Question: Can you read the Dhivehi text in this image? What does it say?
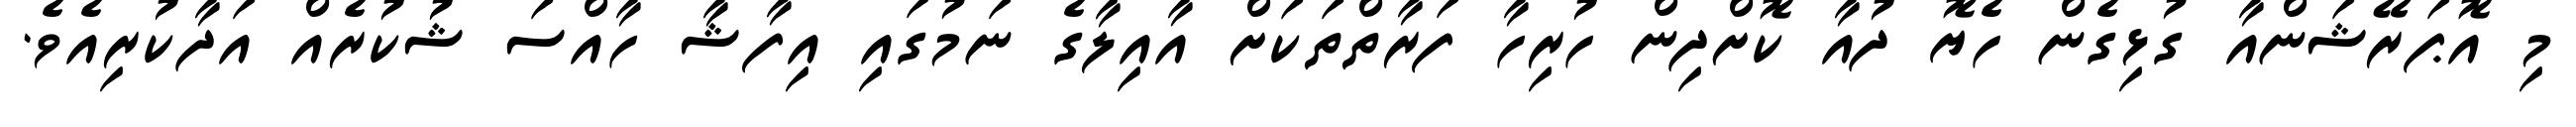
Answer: މި އޮޕަރޭޝަންއާ ގުޅިގެން ހެޔޮ ދުއާ ކޮށްދިން ހުރިހާ ފަރާތްތަކަށް އާއިލާގެ ނަމުގައި އިފާޝާ ހާއްސަ ޝުކުރެއް އަދާކުރިއެވެ.